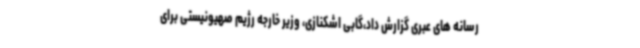
رسانه های عبری گزارش داد،گابی اشکنازی، وزیر خارجه رژیم صهیونیستی برای